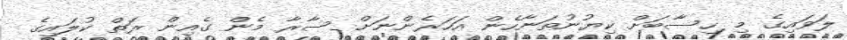
ލަވައިގެ މި ހިސާބަށް ކިޔުނުތަނާހެން އަހަރެންނަށް ސާރާ މެން ގެއިން ރަތް ކުލައިގެ